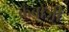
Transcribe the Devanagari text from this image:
कंबोजी